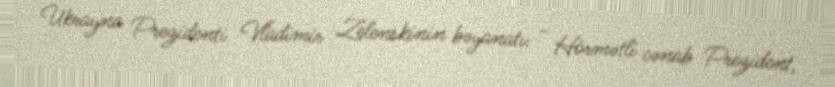
Ukrayna Prezidenti Vladimir Zelenskinin bəyanatı: - Hörmətli cənab Prezident,